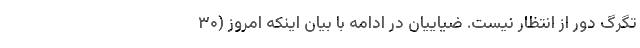
تگرگ دور از انتظار نیست. ضیاییان در ادامه با بیان اینکه امروز (۳۰